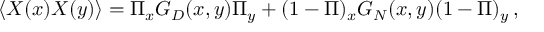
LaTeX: \langle X ( x ) X ( y ) \rangle = \Pi _ { x } { \cal G } _ { D } ( x , y ) \Pi _ { y } + ( 1 - \Pi ) _ { x } { \cal G } _ { N } ( x , y ) ( 1 - \Pi ) _ { y } \, ,